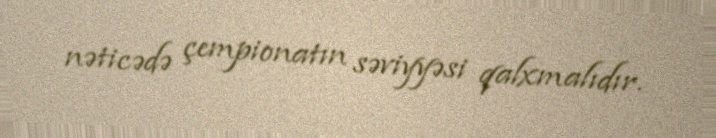
nəticədə çempionatın səviyyəsi qalxmalıdır.